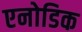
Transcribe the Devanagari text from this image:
एनोडिक